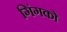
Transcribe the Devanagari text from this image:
गिंगको